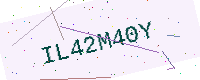
Text: IL42M40Y